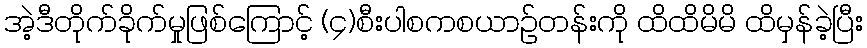
အဲ့ဒီတိုက်ခိုက်မှုဖြစ်ကြောင့် (၄)စီးပါစကစယာဉ်တန်းကို ထိထိမိမိ ထိမှန်ခဲ့ပြီး